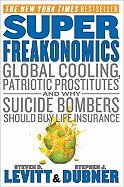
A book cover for SuperFreakonomics- Global Cooling, Patriotic Prostitutes, & Why Suicide Bombers Should Buy Life Insurance (09) by Levitt, Steven D - Dubner, Stephen J [Hardcover (2009)]; Levit; Business & Money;